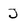
Character: J